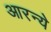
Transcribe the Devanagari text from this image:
आरन्ये